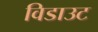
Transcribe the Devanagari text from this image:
विडाउट